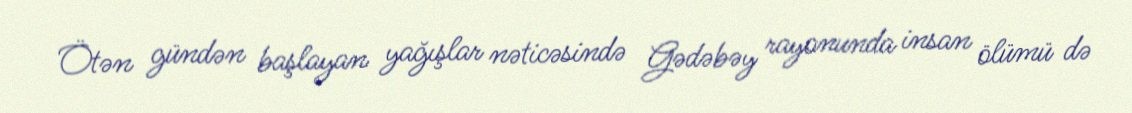
Ötən gündən başlayan yağışlar nəticəsində Gədəbəy rayonunda insan ölümü də